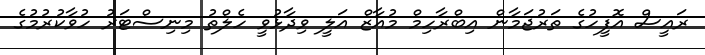
ރައީސް އޮފީހުގެ ތަރުޖަމާން އިބްރާހިމް މުއާޒް އަލީ ވިދާޅުވީ ހެލްތު މިނިސްޓަރު ހުވާކުރުމުގެ